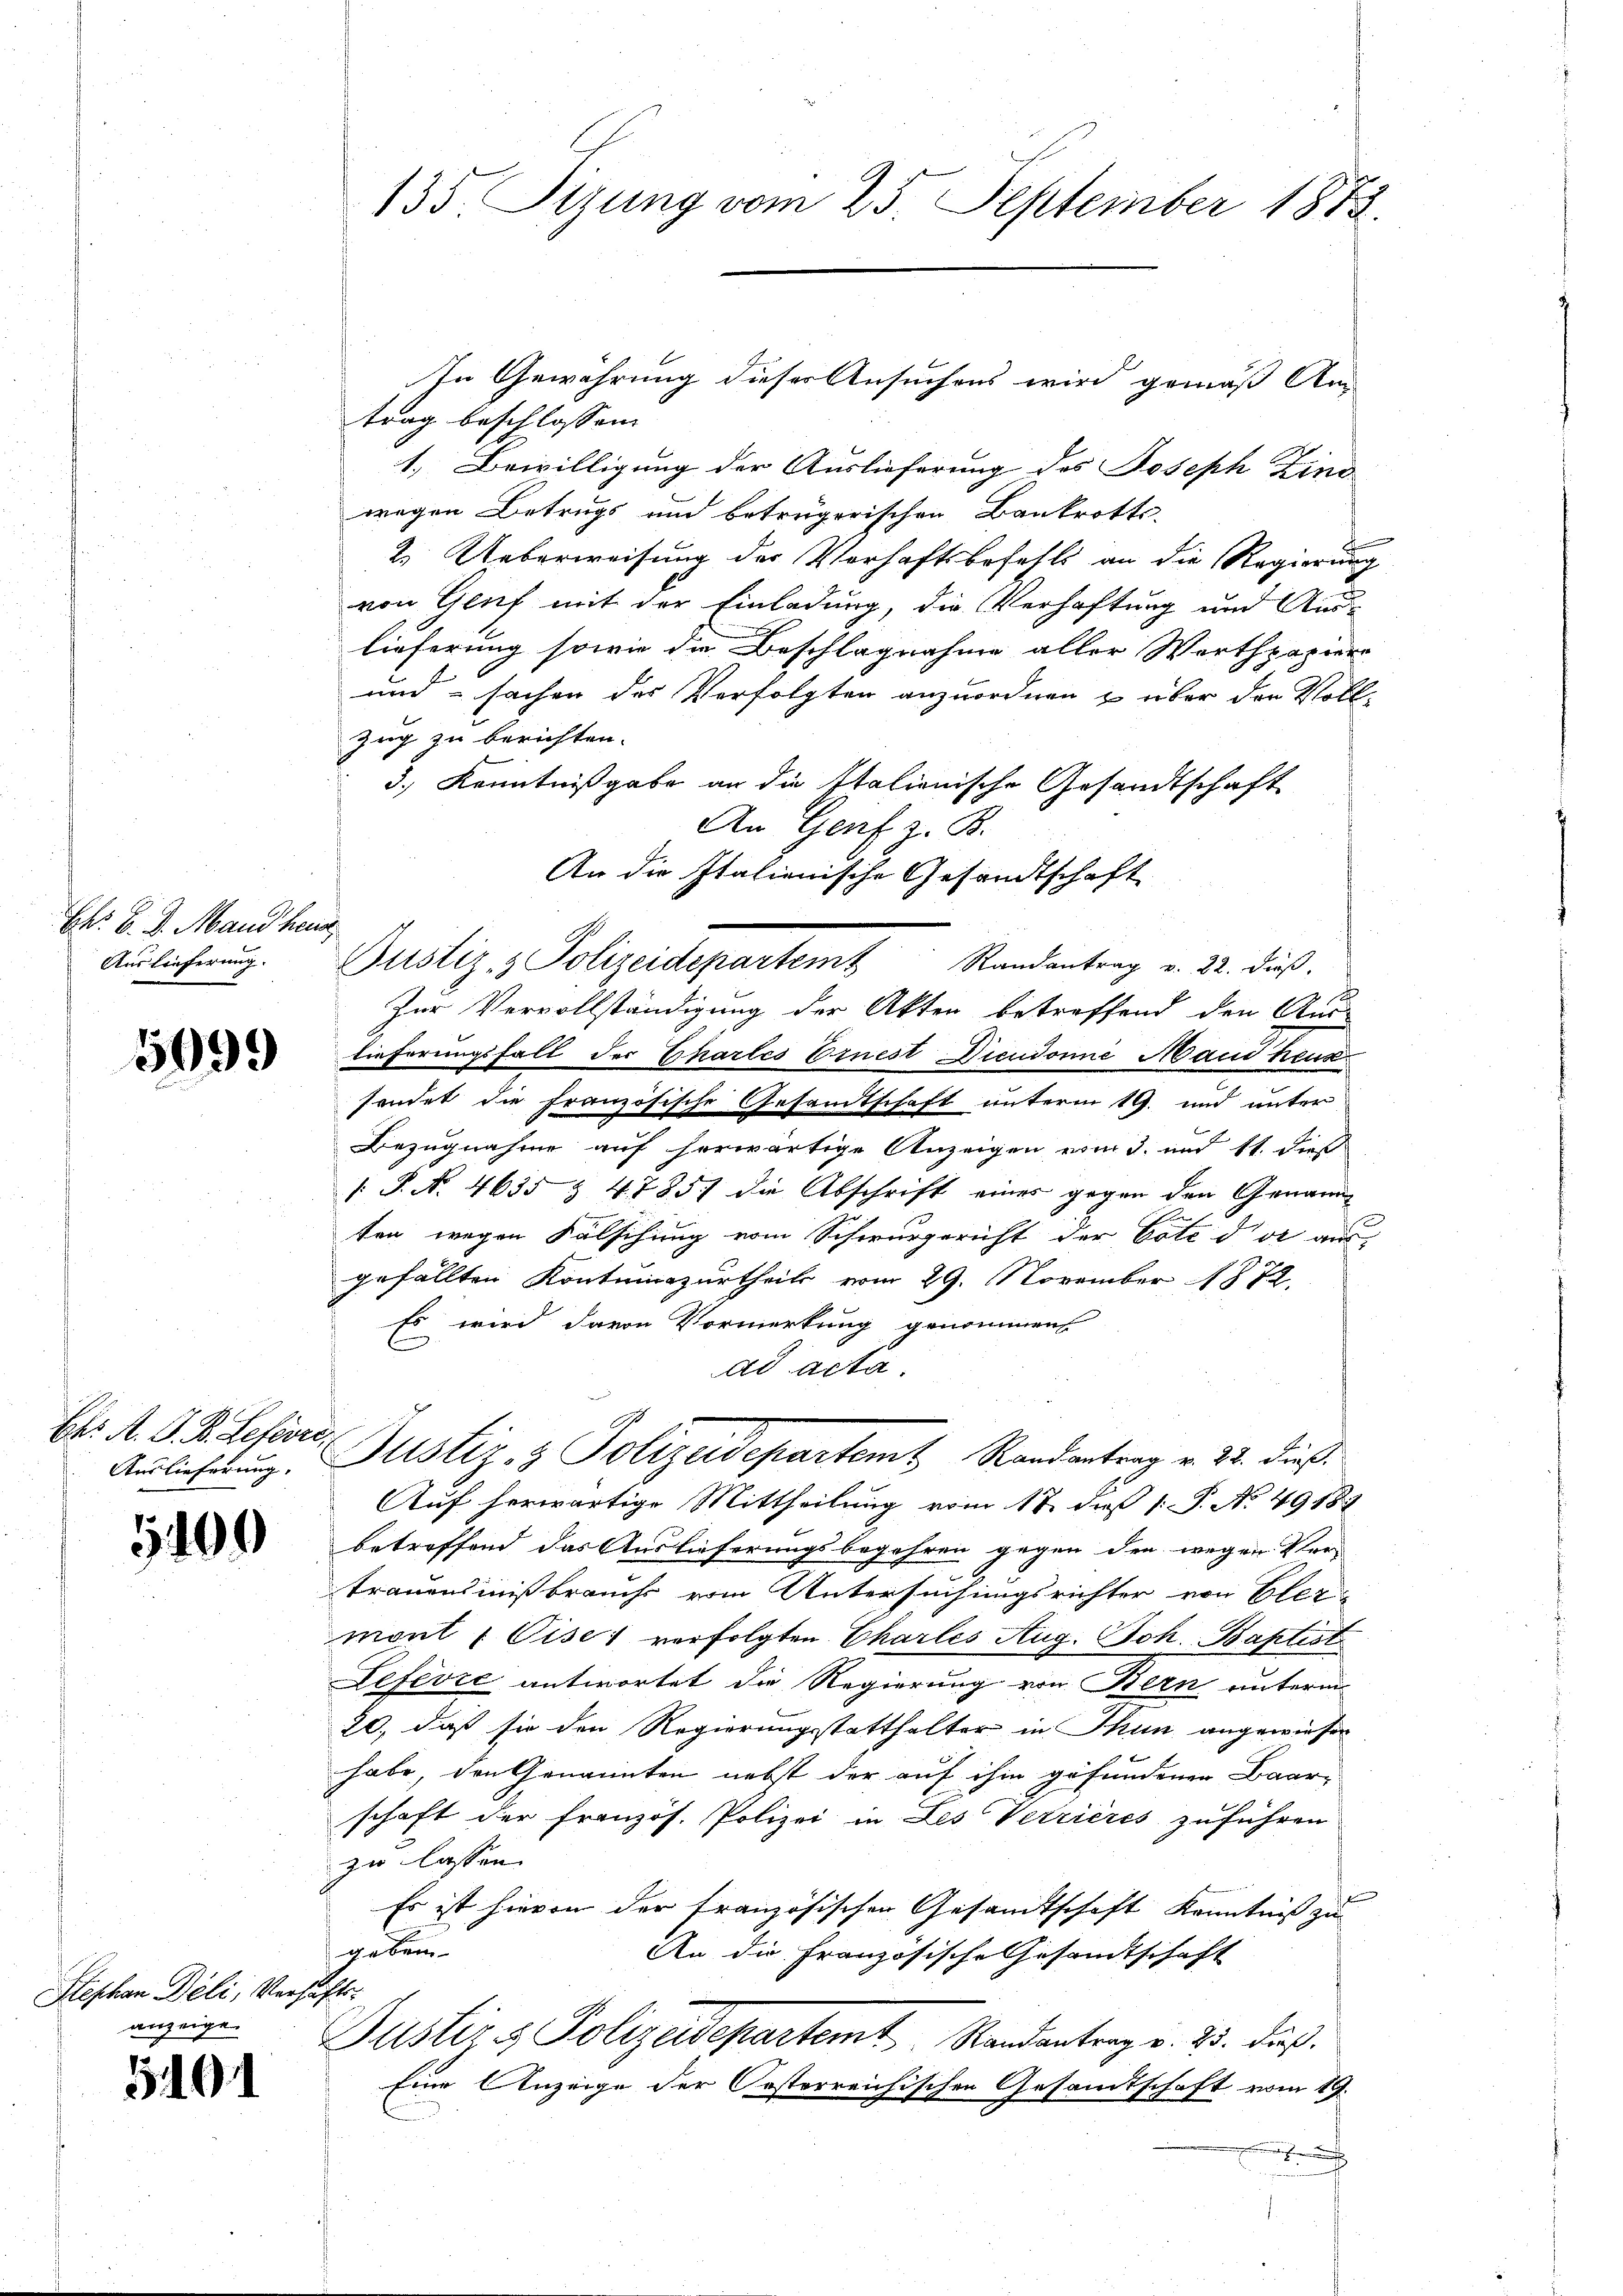
Fr. 6. d. Mand heut
Auslieferung.

5099

Ehr. A. S. B. Lefevre
Auslieferung.

500

Stephan Deli, Verhaftsanzeigen

549

trag beschlossen:
1. Bewilligung der Auslieferung des Joseph Zins
wegen Betrugs und beträgerischen Bankrotts-
t
2. Ueberweisung der Verhaftsbefehls an die Regierung
von Gluf mit der Einladung, die Verhaftung und Aus-
lieferung sowie die Beschlagnahme aller Werthpapiere
undsachen des Verfolgten anzuordnen & über der Voll-
Zug zu berichten.
3.) Kenntnißgabe an die Italionische Gesandtschaft
An Genf z. B.
An die Italienische Gesandtschaft
Zur Vervollständigung der Akten betreffend den Aus-
tieferungsfall der Chartes Ernest Diendonne Man keus
sendet die französische Gesandtschaft unterm 19. und unter
Bezugnahme auf herwärtige Anzeigen vom 3. und 11. dieß
 P. N. 4655 & 47857 die Abschrift eines gegen den Genann
ten wegen Fälschung vom Schwurgericht der Bote der aus-
gefällten Kontuinazurtheils vom 29. November 1872,
Es wird davon Vormerkung genommen
ad acta.
Justiz- & Polizeidepartemt Randantrag v. 22. dieß
Auf herwärtige Mittheilung vom 17. daß 1. P. No. 49182
betreffend das Auslieferungsbegehren gegen den wegen Ver-
trauensinißbrauchs vom Untersuchungsrichter von Eler-
mont 1 Cises verfolgten Chartes Aug. Joh. Baptist
Lefevre antwortet die Regierung von Bern unterm
20., daß sie den Regierungsstatthalter in Thun angewiesen
habe, den Genannten nebst der auf ihm gefundenen Baar-
schaft der französ. Polizei in Les Verrieres zuführen
zu lassen.
Es ist hievon der französischen Gesandtschaft Kenntniß zu
gebre
An die Französische Gesandtschaft
Justiz & Polizeidepartemt Randantrag v. 23. dieß.
Eine Anzeige der Orsterreichischen Gesandtschaft vom 19.
.

135 Sizung vom 25. September 1873.

In Gewährung dieser Ansuchens wird gemäß Am

Justiz- & Polizeidepartem Randantrag v. 22. dieβ.

g